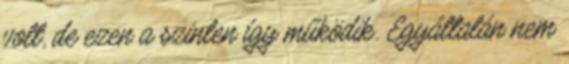
volt, de ezen a szinten így működik. Egyáltalán nem